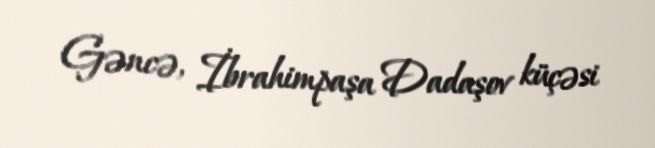
Gəncə, İbrahimpaşa Dadaşov küçəsi